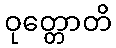
ဝုတ္တောတိ